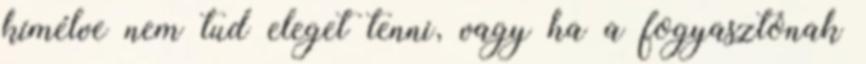
kímélve nem tud eleget tenni, vagy ha a fogyasztónak